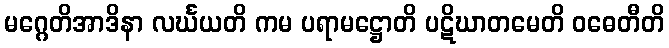
မဂ္ဂေတိအာဒိနာ လင်္ဃယတိ ကမ ပရာမဋ္ဌောတိ ပဋိဃာတမေတိ ဝဓေတီတိ